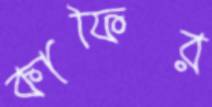
কাফির